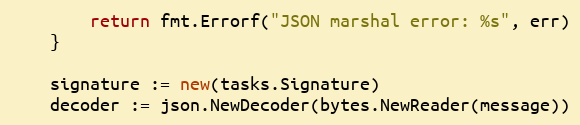
Language: Go
		return fmt.Errorf("JSON marshal error: %s", err)
	}

	signature := new(tasks.Signature)
	decoder := json.NewDecoder(bytes.NewReader(message))